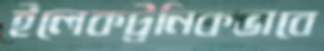
ইলেকট্রনিকভাবে